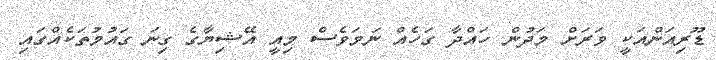
ޑޫރިއަންއަކީ ވަރަށް މަދުން ހައްދާ ގަހެއް ނަމަވެސް މިއީ އޭޝިޔާގެ ގިނަ ގައުމުތަކެއްގައި